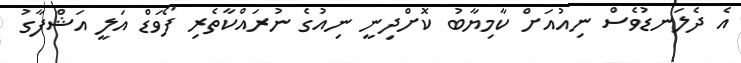
އެ ދެލަނޑުވެސް ނިއުއަށް ކާމިޔާބު ކޮށްދިނީ ނިއުގެ ނުރައްކާތެރި ފޯވަޑް އަލީ އަޝްފާގު